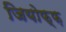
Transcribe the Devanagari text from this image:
जियोफ्फ़